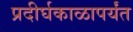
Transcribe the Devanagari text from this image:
प्रदीर्घकाळापर्यंत